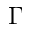
\Gamma